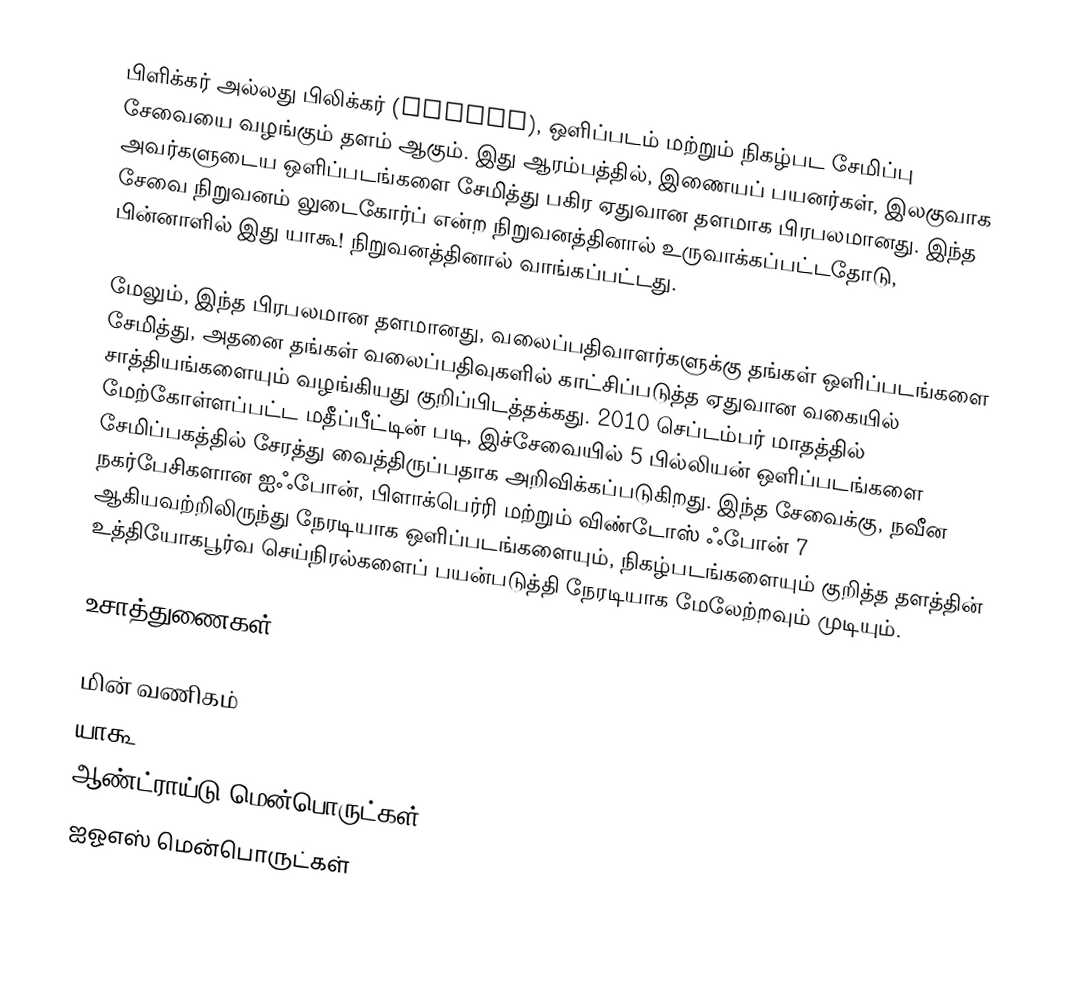
பிளிக்கர் அல்லது பிலிக்கர் (Flickr), ஒளிப்படம் மற்றும் நிகழ்பட சேமிப்பு சேவையை வழங்கும் தளம் ஆகும். இது ஆரம்பத்தில், இணையப் பயனர்கள், இலகுவாக அவர்களுடைய ஒளிப்படங்களை சேமித்து பகிர ஏதுவான தளமாக பிரபலமானது. இந்த சேவை நிறுவனம் லுடைகோர்ப் என்ற நிறுவனத்தினால் உருவாக்கப்பட்டதோடு, பின்னாளில் இது யாகூ! நிறுவனத்தினால் வாங்கப்பட்டது.

மேலும், இந்த பிரபலமான தளமானது, வலைப்பதிவாளர்களுக்கு தங்கள் ஒளிப்படங்களை சேமித்து, அதனை தங்கள் வலைப்பதிவுகளில் காட்சிப்படுத்த ஏதுவான வகையில் சாத்தியங்களையும் வழங்கியது குறிப்பிடத்தக்கது. 2010 செப்டம்பர் மாதத்தில் மேற்கோள்ளப்பட்ட மதீப்பீட்டின் படி, இச்சேவையில் 5 பில்லியன் ஒளிப்படங்களை சேமிப்பகத்தில் சேரத்து வைத்திருப்பதாக அறிவிக்கப்படுகிறது. இந்த சேவைக்கு, நவீன நகர்பேசிகளான ஐஃபோன், பிளாக்பெர்ரி மற்றும் விண்டோஸ் ஃபோன் 7 ஆகியவற்றிலிருந்து நேரடியாக ஒளிப்படங்களையும், நிகழ்படங்களையும் குறித்த தளத்தின் உத்தியோகபூர்வ செய்நிரல்களைப் பயன்படுத்தி நேரடியாக மேலேற்றவும் முடியும்.

உசாத்துணைகள்

மின் வணிகம்
யாகூ
ஆண்ட்ராய்டு மென்பொருட்கள்
ஐஓஎஸ் மென்பொருட்கள்